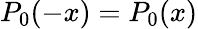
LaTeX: P_{0}(-x)=P_{0}(x)